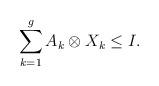
LaTeX: \begin{align*}\sum_{k=1}^g A_k\otimes X_k\leq I.\end{align*}